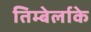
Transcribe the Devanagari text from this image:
तिम्बेर्लाके